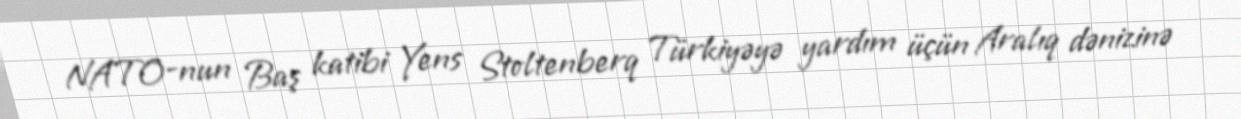
NATO-nun Baş katibi Yens Stoltenberq Türkiyəyə yardım üçün Aralıq dənizinə